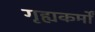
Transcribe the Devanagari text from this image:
गृह्यकर्मों